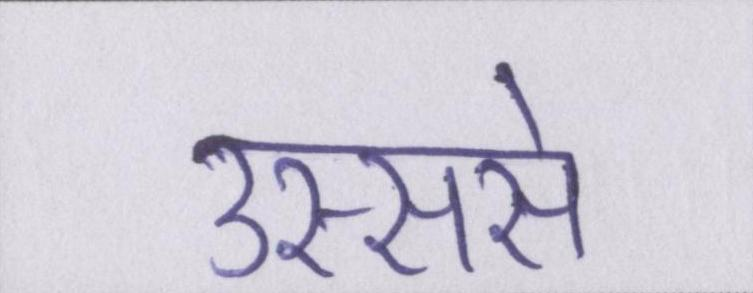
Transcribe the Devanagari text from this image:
उस्ससे